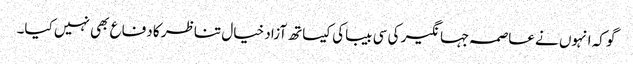
گو کہ انہوں نے عاصمہ جہانگیر کی سی بیباکی کیساتھ آزاد خیال تناظر کا دفاع بھی نہیں کیا۔